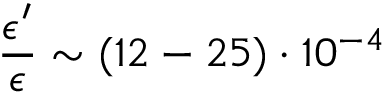
\frac { \epsilon ^ { \prime } } { \epsilon } \sim ( 1 2 - 2 5 ) \cdot 1 0 ^ { - 4 }